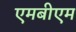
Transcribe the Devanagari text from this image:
एमबीएम